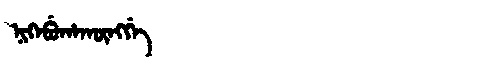
Manchu: ᠨᡳᡴᡝᠪᡠᡥᠠᡴᡡᠩᡤᡝ
Romanization: NIKEBUHAKŪNGGE